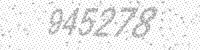
Solution: 945278